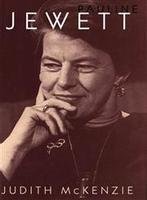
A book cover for Pauline Jewett: A Passion for Canada; Judith McKenzie; Biographies & Memoirs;